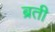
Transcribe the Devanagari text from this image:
ब्रती